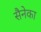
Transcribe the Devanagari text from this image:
सैनेका